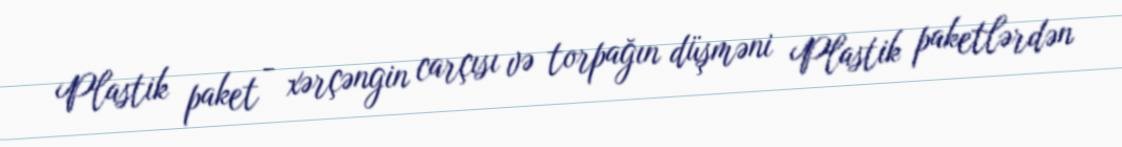
Plastik paket - xərçəngin carçısı və torpağın düşməni Plastik paketlərdən